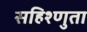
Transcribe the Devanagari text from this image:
सहिश्णुता